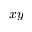
x y